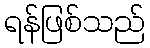
ရန်ဖြစ်သည်